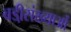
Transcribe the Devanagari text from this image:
बडी़संख्याओं